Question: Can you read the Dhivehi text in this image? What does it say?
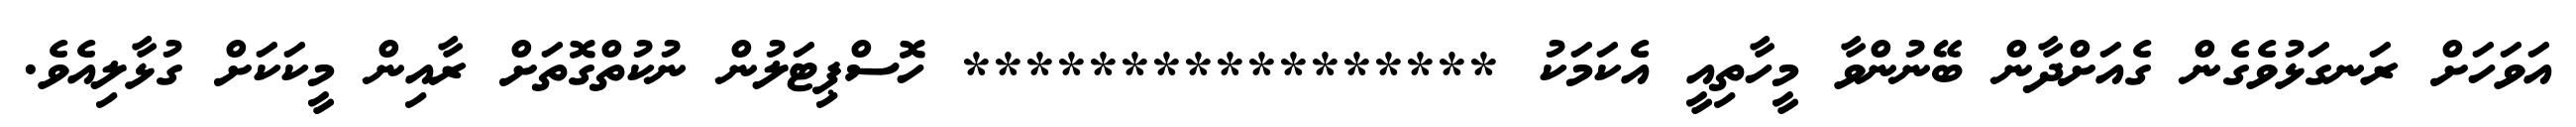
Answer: އަވަހަށް ރަނގަޅުވެގެން ގެއަށްދާން ބޭނުންވާ މީހާތިއީ އެކަމަކު ***************** ހޮސްޕިޓަލުން ނުކުތްގޮތަށް ރާއިން މީކަކަށް ގުޅާލިއެވެ.